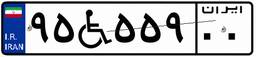
۹۵W۵۵۹۰۰